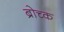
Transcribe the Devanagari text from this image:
ब्रोच्क